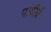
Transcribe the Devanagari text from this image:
पाश्वीर्य